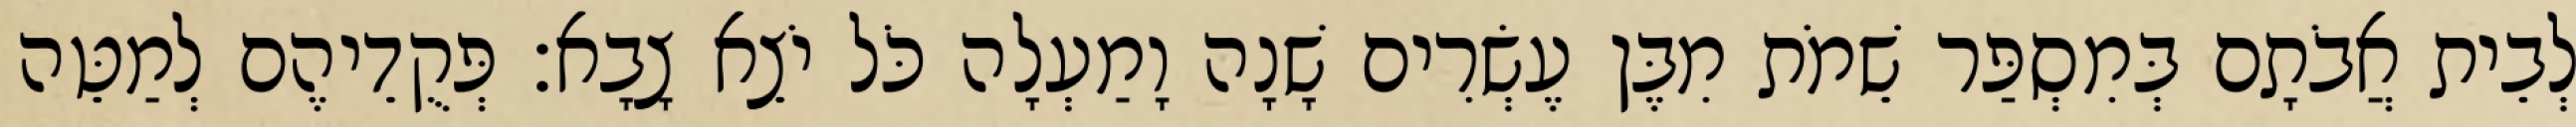
לְבֵית אֲבֹתָם בְּמִסְפַּר שֵׁמֹת מִבֶּן עֶשְׂרִים שָׁנָה וָמַעְלָה כֹּל יֹצֵא צָבָא׃ פְּקֻדֵיהֶם לְמַטֵּה